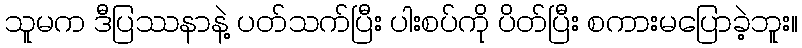
သူမက ဒီပြဿနာနဲ့ ပတ်သက်ပြီး ပါးစပ်ကို ပိတ်ပြီး စကားမပြောခဲ့ဘူး။